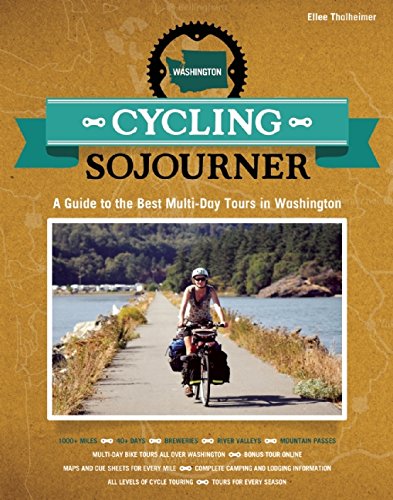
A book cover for Cycling Sojourner: A Guide to the Best Multi-Day Bicycle Tours in Washington (People's Guide); Ellee Thalheimer; Travel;